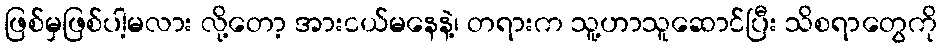
ဖြစ်မှဖြစ်ပါ့မလား လို့တော့ အားငယ်မနေနဲ့၊ တရားက သူ့ဟာသူဆောင်ပြီး သိစရာတွေကို